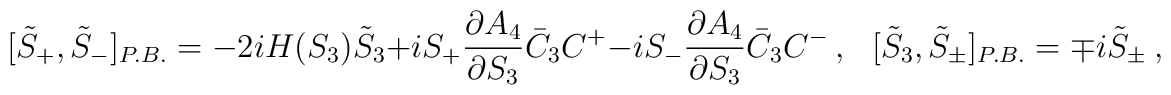
[\tilde{S}_+,\tilde{S}_-]_{P.B.}=-2iH(S_3)\tilde{S}_3+iS_+ \displaystyle\frac{\partial A_4}{\partial S_3} \bar{C}_3 C^+-iS_- \displaystyle\frac{\partial A_4}{\partial S_3}\bar{C}_3 C^-~,~~~[\tilde{S}_3,\tilde{S}_{\pm}]_{P.B.}=\mp i\tilde{S}_{\pm}~,